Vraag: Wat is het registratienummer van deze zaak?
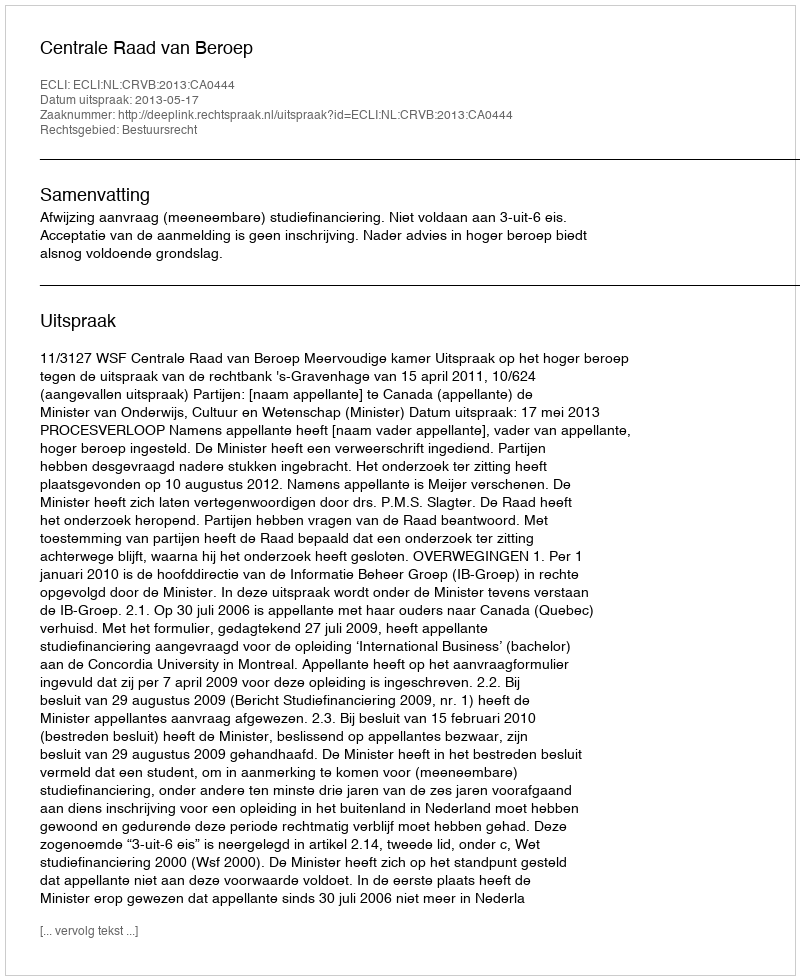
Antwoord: http://deeplink.rechtspraak.nl/uitspraak?id=ECLI:NL:CRVB:2013:CA0444